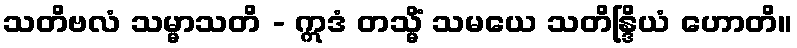
သတိဗလံ သမ္မာသတိ - ဣဒံ တသ္မိံ သမယေ သတိန္ဒြိယံ ဟောတိ။